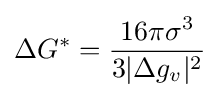
\Delta G^{*}={\frac {16\pi \sigma ^{3}}{3|\Delta g_{v}|^{2}}}